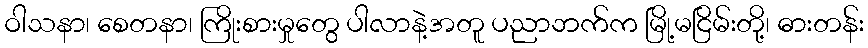
ဝါသနာ၊ စေတနာ၊ ကြိုးစားမှုတွေ ပါလာနဲ့အတူ ပညာဘက်က မြို့မငြိမ်းတို့၊ ဓားတန်း